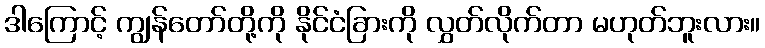
ဒါကြောင့် ကျွန်တော်တို့ကို နိုင်ငံခြားကို လွှတ်လိုက်တာ မဟုတ်ဘူးလား။